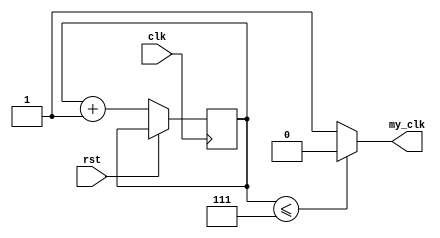
module my_clk #(
    parameter CLK_DIV = 16
    )(
    // INPUT
    input clk,  
    input rst,  
    
    // OUTPUT
    output reg my_clk
  );

  // assign my_clk = my_clk;
  
  parameter CTR_SIZE = $clog2(CLK_DIV); //$clog2(2**CLK_DIV);

  reg [CTR_SIZE-1:0] cnt_d, cnt_q;
  // reg my_clk_q, my_clk_d;

  /* Combinational Logic */
  always @* begin
    //out = 0;
    cnt_d = cnt_q + 1'b1;
    if (cnt_q <= {CTR_SIZE-1{1'b1}}) begin
      my_clk=1'b0;
    end else begin
      my_clk=1'b1;
    end
    
  end
  
  /* Sequential Logic */
  always @(posedge clk) begin
    if (rst) begin
      // Add flip-flop reset values here
     // cnt_q<=0;
    end else begin
      // Add flip-flop q <= d statements here
      cnt_q <= cnt_d;
    end
    // my_clk_q <= my_clk_d;
  end
  
endmodule